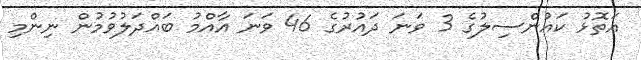
އަތޮޅު ކައުންސިލުގެ 3 ވަނަ ދައުރުގެ 46 ވަނަ އާއްމު ބައްދަލުވުމުން ނިންމި